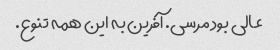
عالی بود مرسی. آفرین به این همه تنوع.